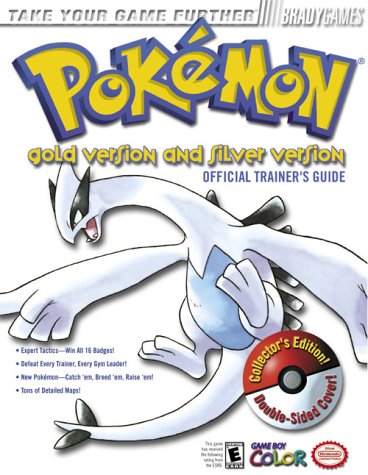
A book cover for Pokemon Gold Version and Silver Version - Official Trainer's Guide; Phillip Marcus; Computers & Technology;